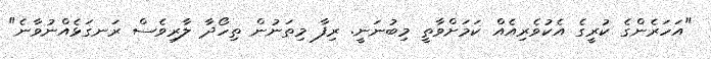
"އަހަރެންގެ ކުރީގެ އެކުވެރިއެއް ކަމަށްވާތީ މިބުނަނީ. ރިފާ މިތަނުން ތިހޯދާ ލާރިވެސް ރަނގަޅެއްނުވާނެ"